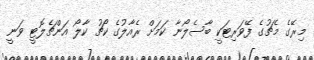
މިރޭގެ މެޗުގެ ފޭވަރިޓަކީ ބާސެލޯނާ ކަމަށް ރެއާލުގެ ކޯޗު ކާލޯ އަންޗެލޮޓީ ވަނީ